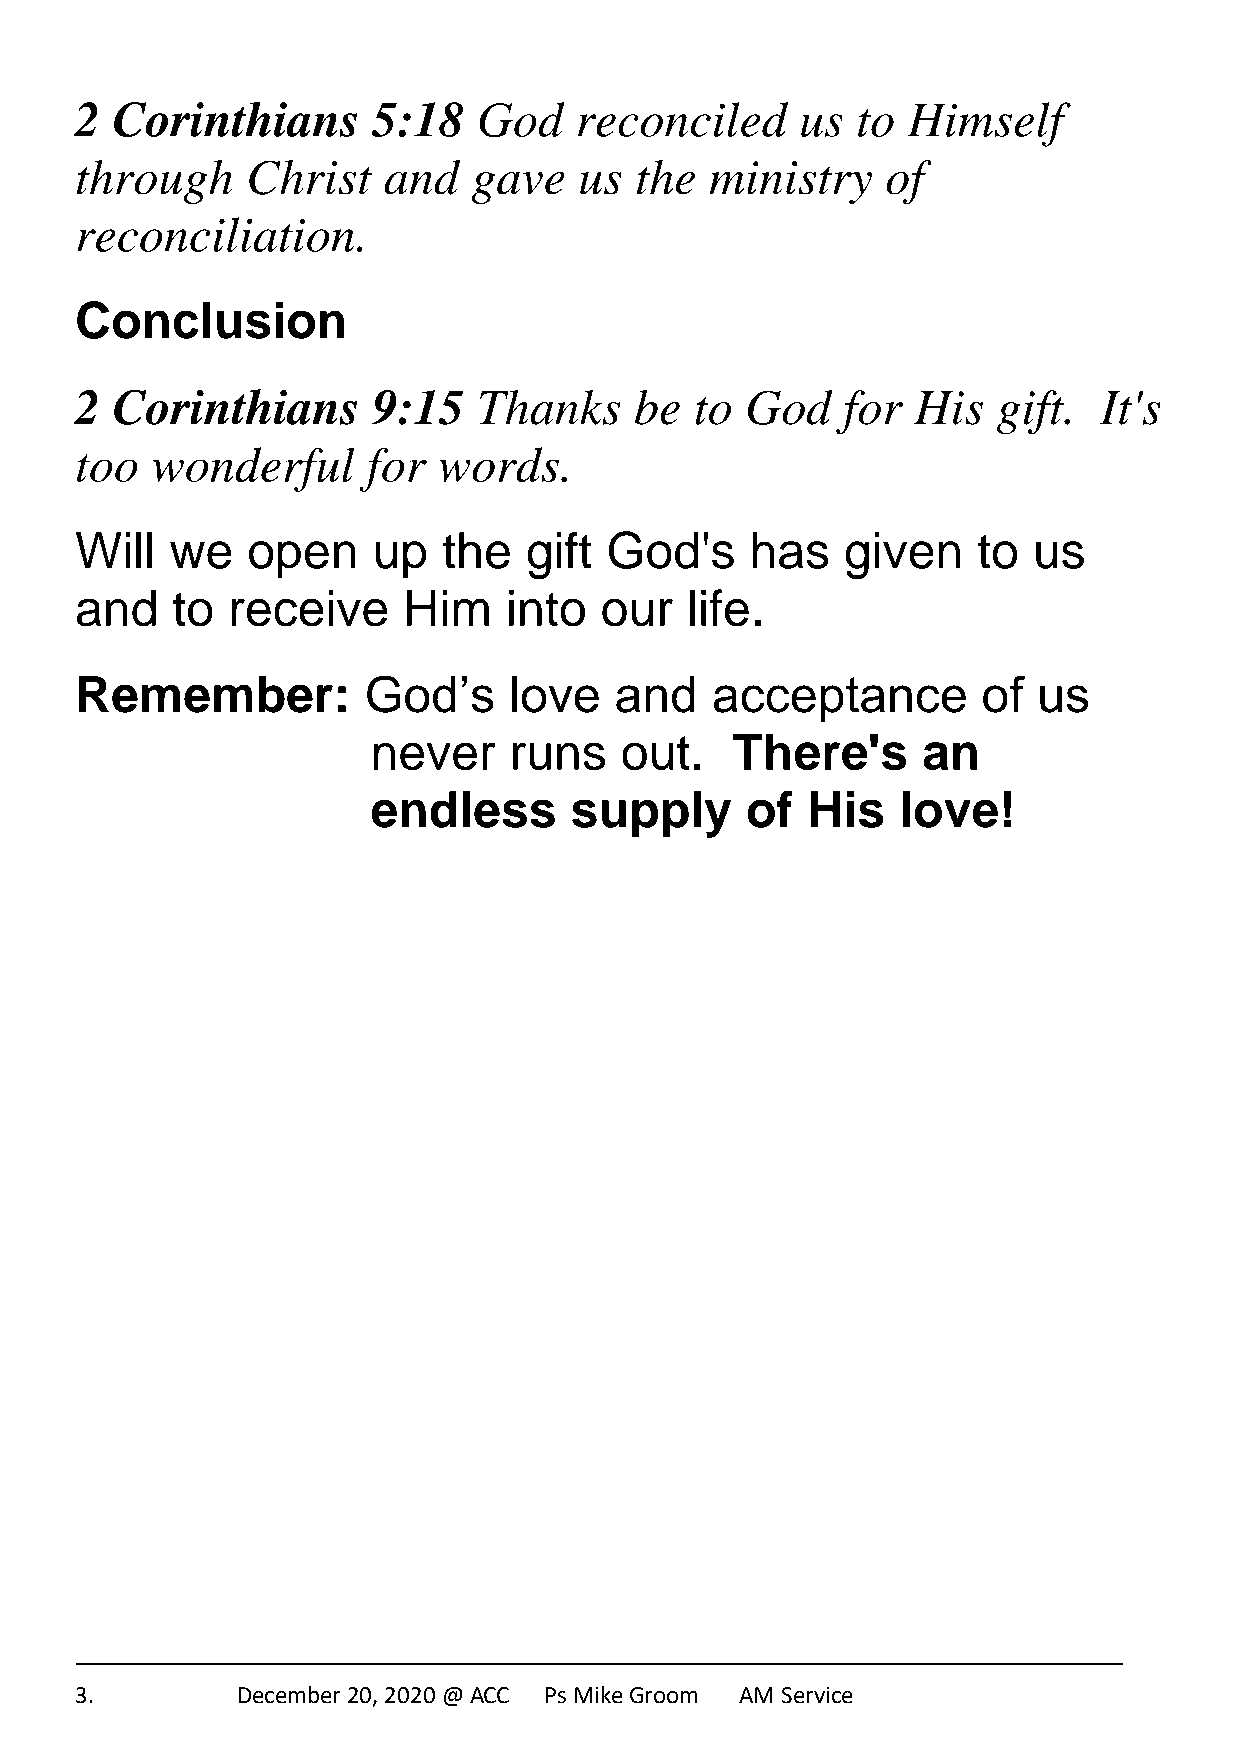
2 Corinthians       5:18   God   reconciled     us  to Himself
 through    Christ   and   gave   us  the  ministry    of
 reconciliation.
 Conclusion
 2 Corinthians       9:15   Thanks    be  to God    for  His  gift.  It's
 too  wonderful     for  words.
 Will  we   open     up  the   gift God's     has   given    to us
 and   to  receive     Him   into   our  life.
 Remember:          God’s     love   and   acceptance        of  us
 never    runs   out.   There's      an
 endless      supply     of  His   love!
 3.         December 20, 2020 @ ACC Ps Mike Groom AM Service